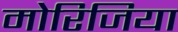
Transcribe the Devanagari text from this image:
मोरिजिया